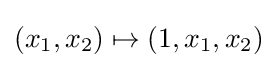
(x_{1},x_{2})\mapsto (1,x_{1},x_{2})